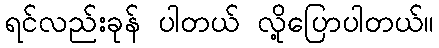
ရင်လည်းခုန် ပါတယ် လို့ပြောပါတယ်။